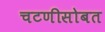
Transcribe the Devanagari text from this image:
चटणीसोबत